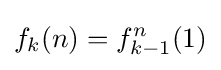
f_{k}(n)=f_{k-1}^{n}(1)